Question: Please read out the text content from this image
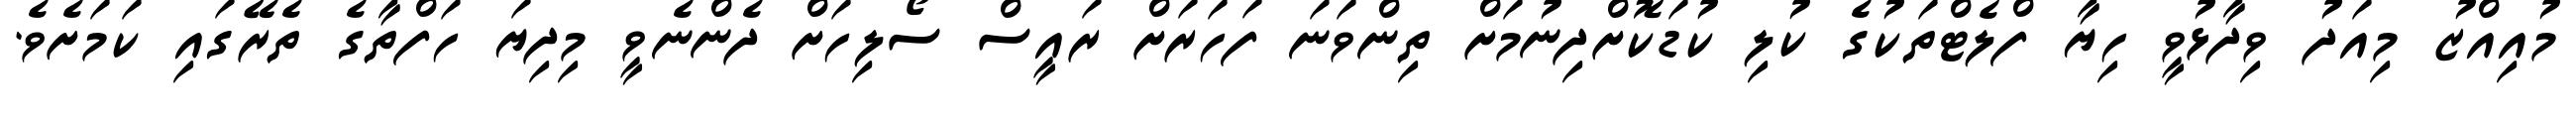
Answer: މުއިއްޒު މިއަދު ވިދާޅުވީ ހިޔާ ފްލެޓްތަކުގެ ކުލި ކުޑަކޮށްދިނުމަށް ތިންވަނަ ފަހަރަށް ރައީސް ސޯލިހަށް ދެންނެވީ މިދިޔަ ހަފްތާގެ ތެރޭގައި ކަމަށެވެ.